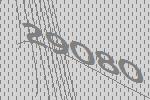
29080